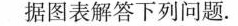
据图表解答下列问题.